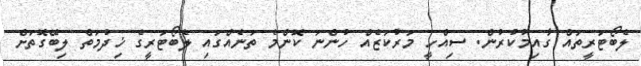
ލެބޯޓަރީތައް ގާއިމުކުރުން. ސިއްހީ މަރުކަޒެއް ހުންނަ ކޮންމެ ތަނެއްގައި ލެބޯޓަރީގެ ޚިދުމަތް ލިބޭގޮތަށް